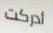
أدركت